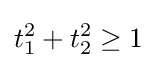
t_{1}^{2}+t_{2}^{2}\geq 1